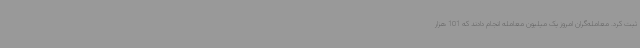
ثبت کرد. معامله‌گران امروز یک میلیون معامله انجام دادند که 101 هزار